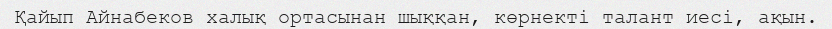
Қайып Айнабеков халық ортасынан шыққан, көрнекті талант иесі, ақын.